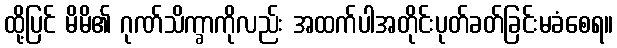
ထို့ပြင် မိမိ၏ ဂုဏ်သိက္ခာကိုလည်း အထက်ပါအတိုင်းပုတ်ခတ်ခြင်းမခံစေရ။